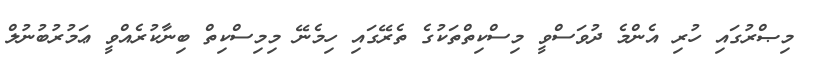
މިޞްރުގައި ހުރި އެންމެ ދުވަސްވީ މިސްކިތްތަކުގެ ތެރޭގައި ހިމެނޭ މިމިސްކިތް ބިނާކުރެއްވީ ޢަމުރުބުނުލް